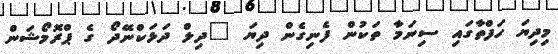
މިދިޔަ ހަފްތާގައި ސިނަމާ ތަކުން ފެނިގެން ދިޔަ "ދިލް ދަޅަކްނޭދޯ ގެ ޕްރޮމޯޝަން